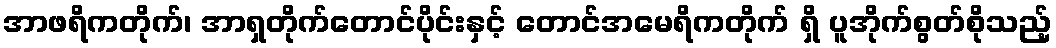
အာဖရိကတိုက်၊ အာရှတိုက်တောင်ပိုင်းနှင့် တောင်အမေရိကတိုက် ရှိ ပူအိုက်စွတ်စိုသည့်